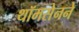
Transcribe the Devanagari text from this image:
थॉमसेनने